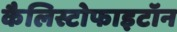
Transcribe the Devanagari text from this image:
कैलिस्टोफाइटॉन